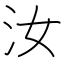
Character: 汝